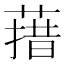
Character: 𰱳